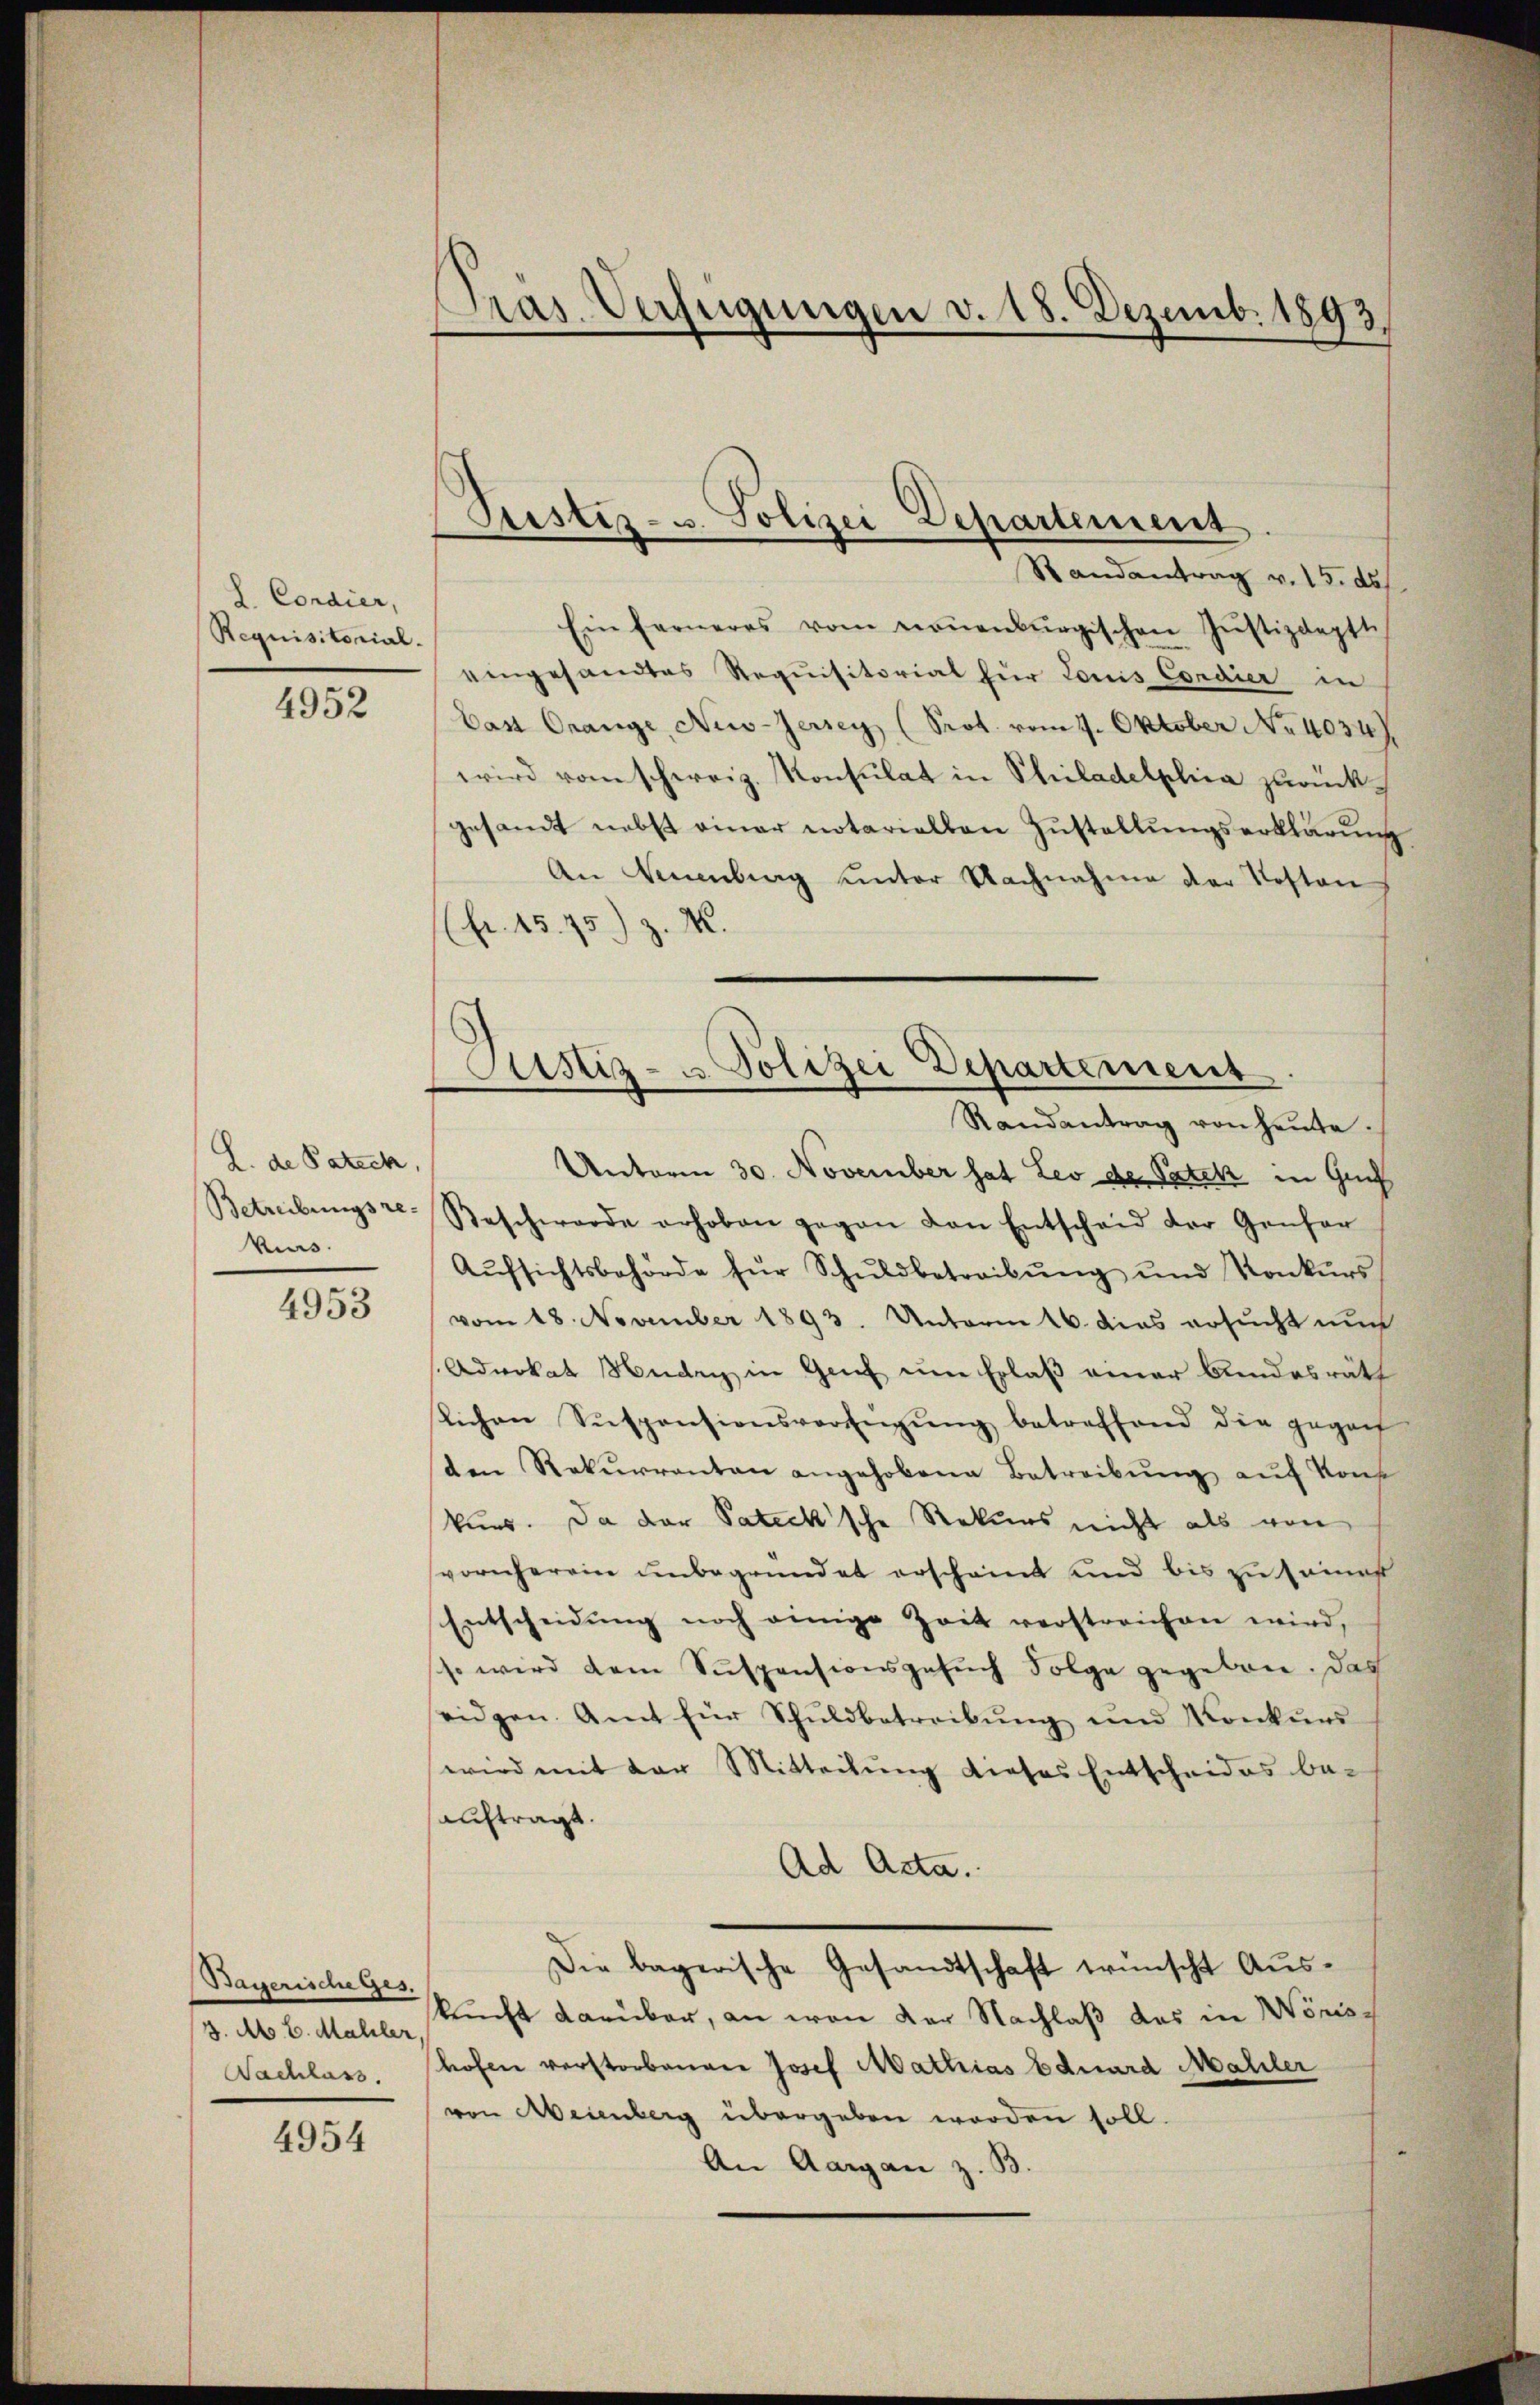
L. Condier,
Requisitorial-

4952

L. de Patech,
Vius.

4953

Bayerischeges.
3. A. E. Mahler
Nachlass.

4954

Pras-Verfügungen v. 18. Dezemb. 1893.

Justiz- u. Polizei Departement
Randantrag v. 15. ds.

Justiz- u. Polizei Departement

Ein ferneres vom noṅenburgischen Justizdeptt
eingesandtes Requisitorial für Louis Condier in
Cast Orange, New-Jersey (Prot. vom 9. Oktober No 40347.
wird vom schweiz. Konsulat in Philadelphia zurückgesandt nebst einer notariellen Zŭstellŭngserklärŭng
An Neuenburg ŭnter Nachnahme der Kosten
(fr. 15. 75) z. K.
Randantrag von heŭte.
Unterm 30. November hat Leo der Paten in Guns
Betreibungsze Beschwerde erhoben gegen den Entscheid der Genfer
Aŭfsichtsbehörde für Schŭldbetreibŭng ŭnd Konkŭrs
vom 18. November 1893. Unterm 16. das ersucht nun
Advokat Nudry in Genf eine Erlaß einer Andesräth
kichen Suspensionsverfügŭng betreffend die gegen
sten Rekurrenten angehobene Betreibŭng auf Kons
kuns. Da der Patecksche Rekurs nicht als von
vornherein unbegründet erscheint und bis zu seines
Entscheidŭng noch einige Zeit verstreichen wird,
so wird dem Suspensionsgesuch Folge gegeben. Das
eidgen. Amt für Schuldbetreibung und Konkurs
wird mit der Mitteilŭng dieses Entscheides be-
auftragt.
Ad Acta.
Die bagerische Gesandtschaft wünscht Auskunft darüber, an von der Nachlaß das in Wörishofen verstorbenen Josef Mathias Eduard Mahler
von Meienberg übergeben worden soll.
An Aargau z. B.